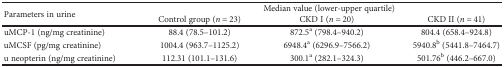
<table><thead><tr><td rowspan="2"><b>Parameters in urine</b></td><td colspan="3"><b>Median value (lower-upper quartile)</b></td></tr><tr><td><b>Control group (<i>n</i> = 23)</b></td><td><b>CKD I (<i>n</i> = 20)</b></td><td><b>CKD II (<i>n</i> = 41)</b></td></tr></thead><tbody><tr><td>uMCP-1 (ng/mg creatinine)</td><td>88.4 (78.5–101.2)</td><td>872.5<sup>a</sup> (798.4–940.2)</td><td>804.4 (658.4–924.8)</td></tr><tr><td>uMCSF (pg/mg creatinine)</td><td>1004.4 (963.7–1125.2)</td><td>6948.4<sup>a</sup> (6296.9–7566.2)</td><td>5940.8<sup>b</sup> (5441.8–7464.7)</td></tr><tr><td>u neopterin (ng/mg creatinine)</td><td>112.31 (101.1–131.6)</td><td>300.1<sup>a</sup> (282.1–324.3)</td><td>501.76<sup>b</sup> (446.2–667.0)</td></tr></tbody></table>